Report on vaccination in Madras 1877-1894 - 1877-1894
Year: 1877
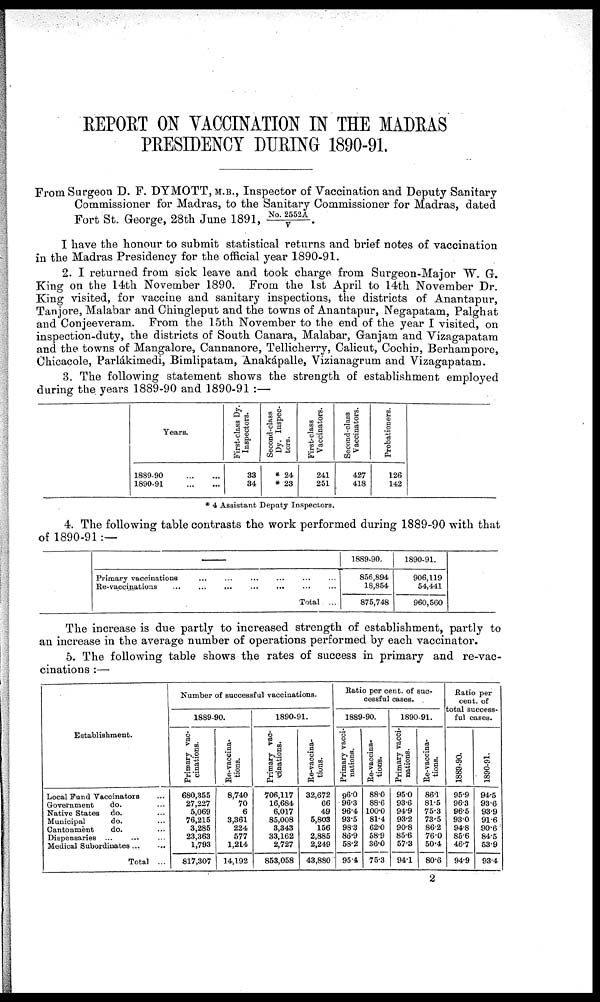
REPORT ON VACCINATION IN THE MADRAS
PRESIDENCY DURING 1890-91.
From Surgeon D. F. DYMOTT, M.B., Inspector of Vaccination and Deputy Sanitary
Commissioner for Madras, to the Sanitary Commissioner for Madras, dated
Fort St. George, 28th June 1891, No. 2552A/V .
I have the honour to submit statistical returns and brief notes of vaccination
in the Madras Presidency for the official year 1890-91.
2. I returned from sick leave and took charge from Surgeon-Major W. G.
King on the 14th November 1890. From the 1st April to 14th November Dr.
King visited, for vaccine and sanitary inspections, the districts of Anantapur,
Tanjore, Malabar and Chingleput and the towns of Anantapur, Negapatam, Palghat
and Conjeeveram. From the 15th November to the end of the year I visited, on
inspection-duty, the districts of South Canara, Malabar, Ganjam and Vizagapatam
and the towns of Mangalore, Cannanore, Tellicherry, Calicut, Cochin, Berhampore,
Chicacole, Parlákimedi, Bimlipatam, Anakápalle, Vizianagrum and Vizagapatam.
3. The following statement shows the strength of establishment employed
during the years 1889-90 and 1890-91 :—
Years.
1889-90
...
...
1890-91
...
...
First-class Dy.
Inspectors.
33
34
Second-class
Dy. Inspec-
tors.
* 24
* 23
First-class
Vaccinators.
241
251
Second-class
Vaccinators.
427
418
Probationers.
126
142
* 4 Assistant Deputy Inspectors.
4. The following table contrasts the work performed during 1889-90 with that
of 1890-91:—
—
Primary vaccinations
...
...
...
...
...
...
Re-vaccinations
...
...
...
...
...
...
...
Total ...
1889-90.
856,894
18,854
875,748
1890-91.
906,119
54,441
960,560
The increase is due partly to increased strength of establishment, partly to
an increase in the average number of operations performed by each vaccinator.
5. The following table shows the rates of success in primary and re-vac-
cinations :—
Establishment.
Local Fund Vaccinators ...
Government
do. ...
Native States do. ...
Municipal
do. ...
Cantonment
do. ...
Dispensaries ...
... ...
Medical Subordinates ... ...
Total ...
Number of successful vaccinations.
1889-90.
Primary vac-
cinations.
680,355
27,227
5,069
76,215
3,285
23,363
1,793
817,307
Re-vaccina-
tions.
8,740
70
6
3,361
224
577
1,214
14,192
1890-91.
Primary vac¬
cinations.
706,117
16,684
6,017
85,008
3,343
33,162
2,727
853,058
Re-vaccina-
tions.
32,672
66
49
5,803
156
2,885
2,249
43,880
Ratio per cent. of suc-
cessful cases.
1889-90.
Primary vacci-
nations.
96.0
96.3
96.4
93.5
98.3
86.9
58.2
95.4
Re-vaccina-
tions.
88.0
88.6
100.0
81.4
62.0
58.9
36.0
75.3
1890-91.
Primary vacci-
nations.
95.0
93.6
94.9
93.2
90.8
85.6
57.3
94.1
Re-vaccina-
tions.
86.1
81.5
75.3
73.5
86.2
76.0
50.4
80.6
Ratio per
cent. of
total success-
ful cases.
1889-90.
95.9
96.3
96.5
93.0
94.8
85.6
46.7
94.9
1890-91.
94.5
93.6
93.9
91.6
90.6
84.5
53.9
93.4
2